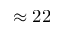
\approx 2 2